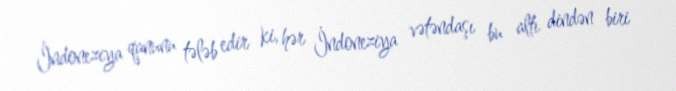
İndoneziya qanunu tələb edir ki, hər İndoneziya vətəndaşı bu altı dindən biri